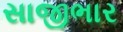
સાજીભાર